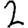
Digit: 2